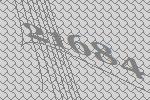
21684